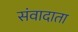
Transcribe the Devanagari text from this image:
संवादाता